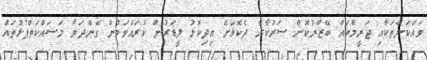
ވައްކަންތަކާއި ޖަރީމާތައް ބޭޒާރުކޮށް ސަރުކާރާ ދެކޮޅަށް އިދިކޮޅު ލީޑަރުން ކުރައްވަމުން ގެންދަވާ މަސައްކަތްޕުޅުތައް